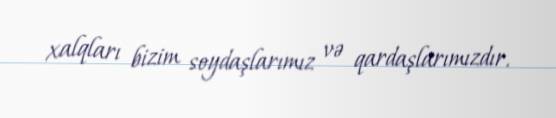
xalqları bizim soydaşlarımız və qardaşlarımızdır.